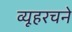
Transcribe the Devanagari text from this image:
व्यूहरचने